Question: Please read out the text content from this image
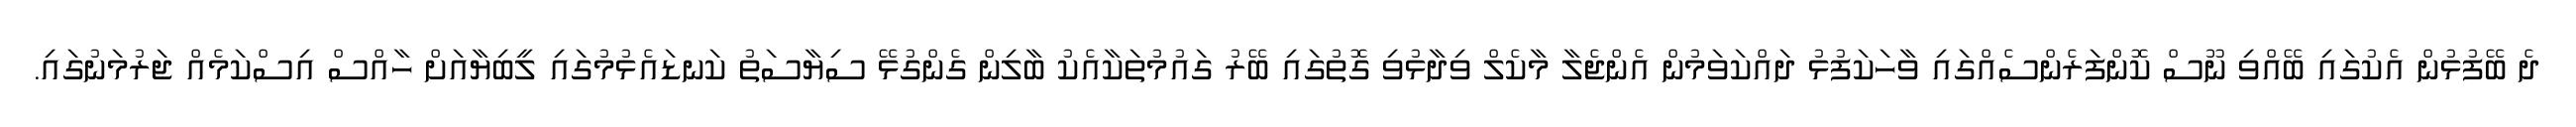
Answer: ދެ ބޭފުޅުން އެކުގައި ބޭއްވި ނޫސް ކޮންފަރެންސެއްގައި ވާހަކަފުޅު ދައްކަވަމުން އެންޖެލާ މާކެލް ވިދާޅުވި ގޮތުގައި ބޭރު ގައުމުތަކާއެކު ބާލިން ގެންގުޅޭ ސިޔާސަތު ކަނޑައެޅުމުގައި ލީބިޔާއަށް ހާއްސް އިސްކަމެއް ޖަރުމަނުގައި.